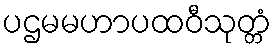
ပဌမမဟာပထဝီသုတ္တံ